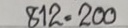
812 = 220